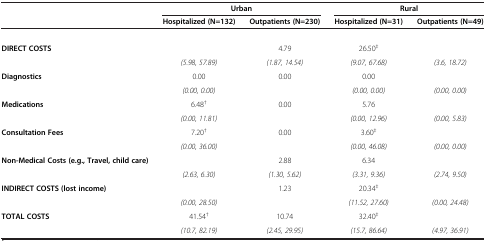
<table><thead><tr><td rowspan="2">[EMPTY_CELL]</td><td colspan="2"><b>Urban</b></td><td colspan="2"><b>Rural</b></td></tr><tr><td><b>Hospitalized (N=132)</b></td><td><b>Outpatients (N=230)</b></td><td><b>Hospitalized (N=31)</b></td><td><b>Outpatients (N=49)</b></td></tr></thead><tbody><tr><td>[EMPTY_CELL]</td><td colspan="4">[EMPTY_CELL]</td></tr><tr><td rowspan="2"><b>DIRECT COSTS</b></td><td>[EMPTY_CELL]</td><td>4.79</td><td>26.50<sup>‡</sup></td><td>[EMPTY_CELL]</td></tr><tr><td><i>(5.98, 57.89)</i></td><td><i>(1.87, 14.54)</i></td><td><i>(9.07, 67.68)</i></td><td><i>(3.6, 18.72)</i></td></tr><tr><td rowspan="2"><b>Diagnostics</b></td><td>0.00</td><td>0.00</td><td>0.00</td><td>[EMPTY_CELL]</td></tr><tr><td><i>(0.00, 0.00)</i></td><td>[EMPTY_CELL]</td><td><i>(0.00, 0.00)</i></td><td><i>(0.00, 0.00)</i></td></tr><tr><td rowspan="2"><b>Medications</b></td><td>6.48<sup>†</sup></td><td>0.00</td><td>5.76</td><td>[EMPTY_CELL]</td></tr><tr><td><i>(0.00, 11.81)</i></td><td>[EMPTY_CELL]</td><td><i>(0.00, 12.96)</i></td><td><i>(0.00, 5.83)</i></td></tr><tr><td rowspan="2"><b>Consultation Fees</b></td><td>7.20<sup>†</sup></td><td>0.00</td><td>3.60<sup>‡</sup></td><td>[EMPTY_CELL]</td></tr><tr><td><i>(0.00, 36.00)</i></td><td>[EMPTY_CELL]</td><td><i>(0.00, 46.08)</i></td><td><i>(0.00, 0.00)</i></td></tr><tr><td rowspan="2"><b>Non-Medical Costs (e.g., Travel, child care)</b></td><td>[EMPTY_CELL]</td><td>2.88</td><td>6.34</td><td>[EMPTY_CELL]</td></tr><tr><td><i>(2.63, 6.30)</i></td><td><i>(1.30, 5.62)</i></td><td><i>(3.31, 9.36)</i></td><td><i>(2.74, 9.50)</i></td></tr><tr><td rowspan="2"><b>INDIRECT COSTS (lost income)</b></td><td>[EMPTY_CELL]</td><td>1.23</td><td>20.34<sup>‡</sup></td><td>[EMPTY_CELL]</td></tr><tr><td><i>(0.00, 28.50)</i></td><td>[EMPTY_CELL]</td><td><i>(11.52, 27.60)</i></td><td><i>(0.00, 24.48)</i></td></tr><tr><td rowspan="2"><b>TOTAL COSTS</b></td><td>41.54<sup>†</sup></td><td>10.74</td><td>32.40<sup>‡</sup></td><td>[EMPTY_CELL]</td></tr><tr><td><i>(10.7, 82.19)</i></td><td><i>(2.45, 29.95)</i></td><td><i>(15.7, 86.64)</i></td><td><i>(4.97, 36.91)</i></td></tr></tbody></table>